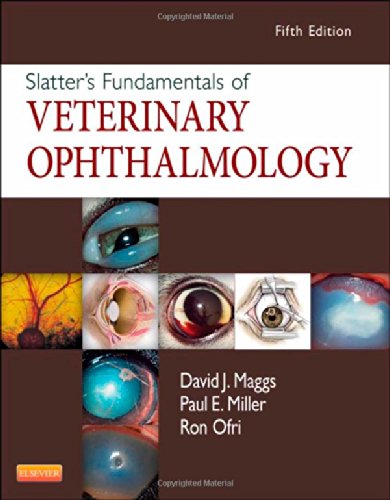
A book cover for Slatter's Fundamentals of Veterinary Ophthalmology, 5e; David Maggs BVSc(Hons)  DAVCO; Medical Books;